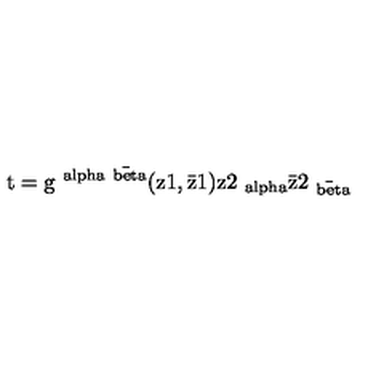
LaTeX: \mathrm { t = g ^ { \ a l p h a \bar { \ b e t a } } ( z 1 , \bar { z } 1 ) z 2 _ { \ a l p h a } \bar { z } 2 _ { \bar { \ b e t a } } }